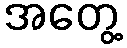
အတွေ့